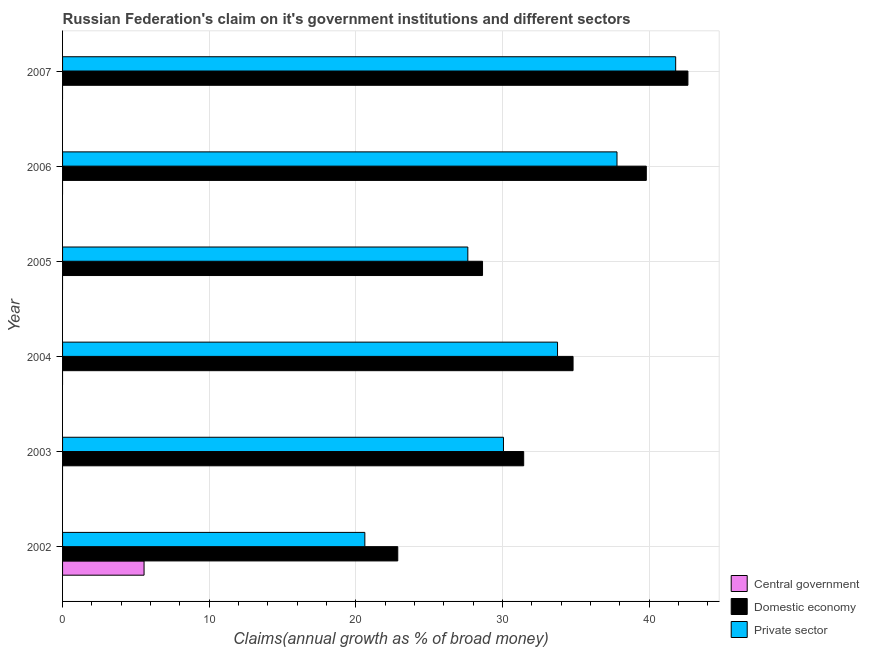
| Year | Central government | Domestic economy | Private sector |
 | --- | --- | --- | --- |
 | 2002 | 5.56 | 22.9 | 20.6 |
 | 2003 | -4.4 | 31.4 | 30.1 |
 | 2004 | -17.4 | 34.8 | 33.7 |
 | 2005 | -26.2 | 28.6 | 27.6 |
 | 2006 | -21.8 | 39.8 | 37.8 |
 | 2007 | -21.3 | 42.6 | 41.8 |